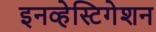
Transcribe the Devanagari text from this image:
इनव्हेस्टिगेशन